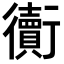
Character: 𧘅